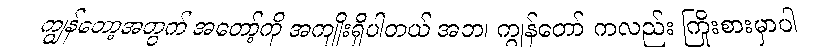
ကျွန်တော့အတွက် အတော့်ကို အကျိုးရှိပါတယ် အဘ၊ ကျွန်တော် ကလည်း ကြိုးစားမှာပါ